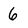
Character: 6